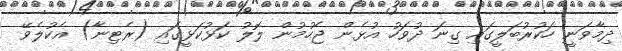
ދިމާވަނީ ހަކުރުބަލީގައި ގިނަ ދުވަހު އުޅެން ޖެހުމުން ލޮލު ކަޅުކަޅީގައި (ރެޓިނާ) އެކުލެވޭ